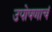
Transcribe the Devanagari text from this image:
उपोषणाचं